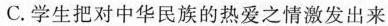
C.学生把对中华民族的热爱之情激发出来